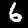
Label: 6